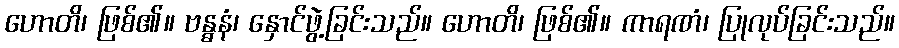
ဟောတိ၊ ဖြစ်၏။ ဗန္ဓနံ၊ နှောင်ဖွဲ့ခြင်းသည်။ ဟောတိ၊ ဖြစ်၏။ ကာရဏံ၊ ပြုလုပ်ခြင်းသည်။